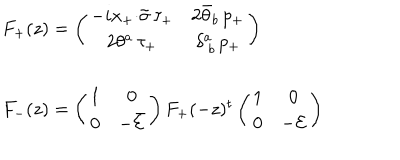
LaTeX: \begin{array} { l } { { F _ { + } ( z ) = \left( \begin{array} { c c } { { - i x _ { + } { \cdot \tilde { \sigma } } \, \tau _ { + } } } & { { 2 \bar { \theta } _ { b } \, p _ { + } } } \\ { { 2 \theta ^ { a } \, \tau _ { + } } } & { { \delta _ { ~ b } ^ { a } \, p _ { + } } } \\ \end{array} \right) } } \\ { { { } } } \\ { { F _ { - } ( z ) = \left( \begin{array} { c c } { { 1 } } & { { 0 } } \\ { { 0 } } & { { - \bar { { \cal E } } } } \\ \end{array} \right) F _ { + } ( - z ) ^ { t } \left( \begin{array} { c c } { { 1 } } & { { 0 } } \\ { { 0 } } & { { - { \cal E } } } \\ \end{array} \right) } } \\ \end{array}